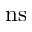
\mathrm { n s }